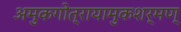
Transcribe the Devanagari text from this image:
अमुकगोत्रायामुकशर्मण्